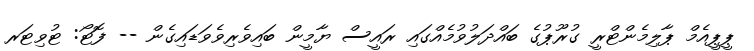
ޕީޕީއެމް ޕާލިމެންޓްރީ ގުރޫޕުގެ ބައްދަލުވުމެއްގައި ރައީސް ޔާމީން ބައިވެރިވެވަޑައިގެން -- ފޮޓޯ: ޓުވިޓަރ